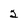
Character: 2